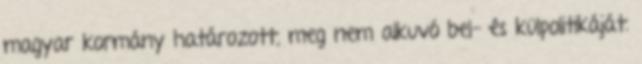
magyar kormány határozott, meg nem alkuvó bel- és külpolitikáját.